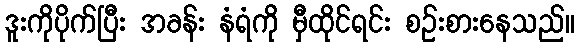
ဒူးကိုပိုက်ပြီး အခန်း နံရံကို မှီထိုင်ရင်း စဉ်းစားနေသည်။